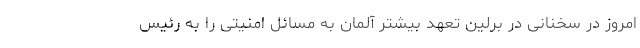
امروز در سخنانی در برلین تعهد بیشتر آلمان به مسائل امنیتی را به رئیس